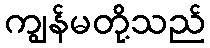
ကျွန်မတို့သည်